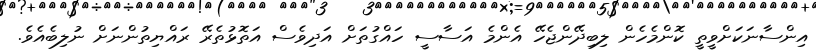
އިންސާނަކަށްވީތީ ކޮންމެހެން ލިބިދޭންޖެހޭ އެންމެ އަސާސީ ހައްގުތަށް އަދިވެސް އަތޮޅުތެރޭ ރައްޔިތުންނަށް ނުލިބެއެވެ.